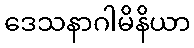
ဒေသနာဂါမိနိယာ